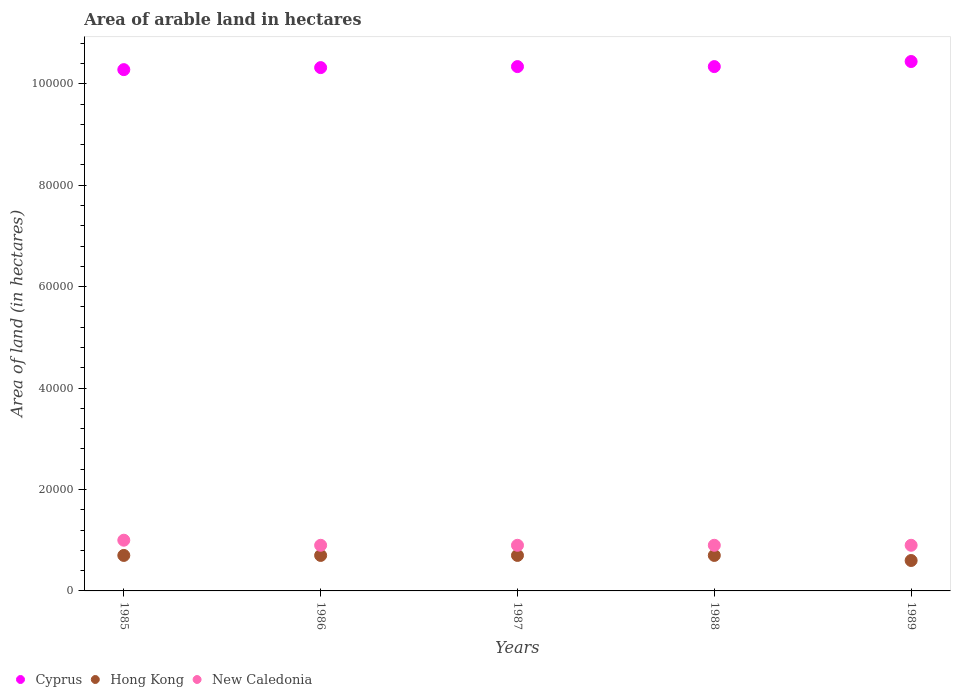
| Years | Cyprus | Hong Kong | New Caledonia |
 | --- | --- | --- | --- |
 | 1985 | 1.03e+05 | 7e+03 | 1e+04 |
 | 1986 | 1.03e+05 | 7e+03 | 9e+03 |
 | 1987 | 1.03e+05 | 7e+03 | 9e+03 |
 | 1988 | 1.03e+05 | 7e+03 | 9e+03 |
 | 1989 | 1.04e+05 | 6e+03 | 9e+03 |